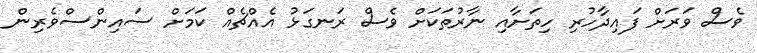
ވެސް ވަރަށް ފައިދާހުރި ހިތަށާއި ނާރުތަކަށް ވެސް ރަނގަޅު އެއްޗެއް ކަމަށް ސައިންސްވެރިން